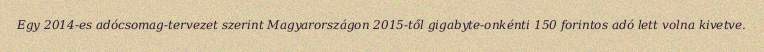
Egy 2014-es adócsomag-tervezet szerint Magyarországon 2015-től gigabyte-onkénti 150 forintos adó lett volna kivetve.